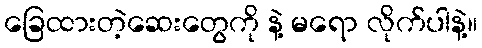
ခြေထားတဲ့ဆေးတွေကို နဲ့ မရော လိုက်ပါနဲ့။